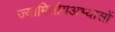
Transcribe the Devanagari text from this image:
ज्यामितीयअभ्यासों